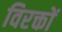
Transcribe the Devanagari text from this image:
विरक्तों